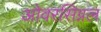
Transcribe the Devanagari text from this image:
ओवरसिग्नल